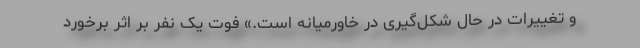
و تغییرات در حال شکل‌گیری در خاورمیانه است.» فوت یک نفر بر اثر برخورد